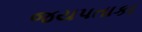
જયપતાકા